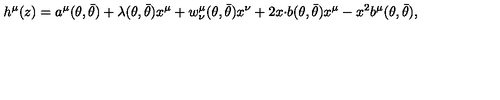
h ^ { \mu } ( z ) = a ^ { \mu } ( \theta , \bar { \theta } ) + \lambda ( \theta , \bar { \theta } ) x ^ { \mu } + w _ { \nu } ^ { \mu } ( \theta , \bar { \theta } ) x ^ { \nu } + 2 x { \cdot b } ( \theta , \bar { \theta } ) x ^ { \mu } - x ^ { 2 } b ^ { \mu } ( \theta , \bar { \theta } ) ,